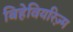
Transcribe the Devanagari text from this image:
बिहेवियरिज़्म